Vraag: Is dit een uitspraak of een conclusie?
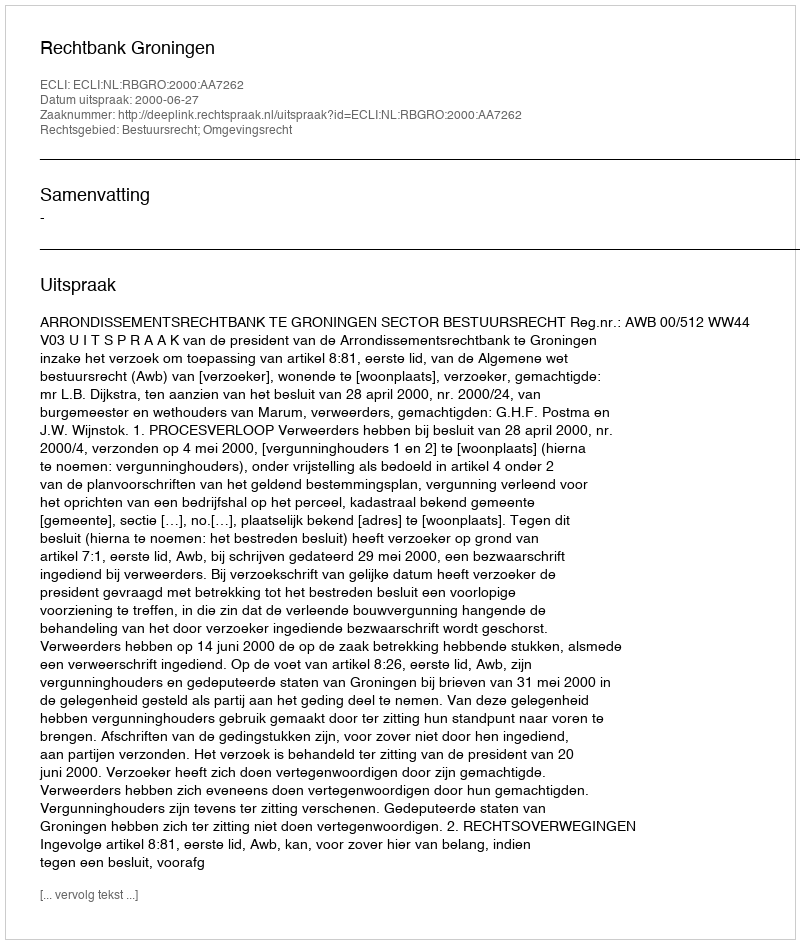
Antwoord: Uitspraak